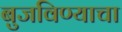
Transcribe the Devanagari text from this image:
बुजविण्याचा